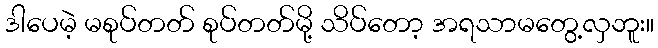
ဒါပေမဲ့ မစုပ်တတ် စုပ်တတ်မို့ သိပ်တော့ အရသာမတွေ့လှဘူး။